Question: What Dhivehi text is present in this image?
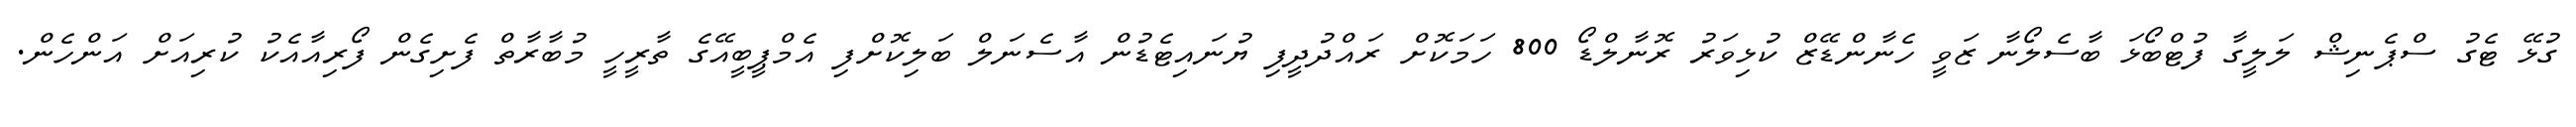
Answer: ގުޅޭ ޓެގު ސްޕެނިޝް ލަލީގާ ފުޓްބޯޅަ ބާސެލޯނާ ޒަވީ ހެނާންޑޭޒް ކުޅިވަރު ރޮނާލްޑޯ 800 ހަމަކޮށް ރައްދުދީފި ޔުނައިޓެޑުން އާސެނަލް ބަލިކޮށްފި އެމްޕީބީއޭގެ ތާރީހީ މުބާރާތް ފެށިގެން ފޯރިއާއެކު ކުރިއަށް އަންހެން.